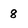
Character: 8